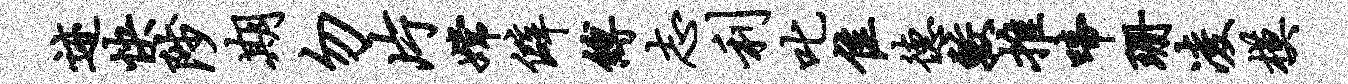
迹快陟期勿片嫦僻缚志利叱隹德较推啼珊凌模